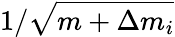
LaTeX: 1/\sqrt{m+\Delta m_{i}}